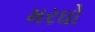
મરઘો